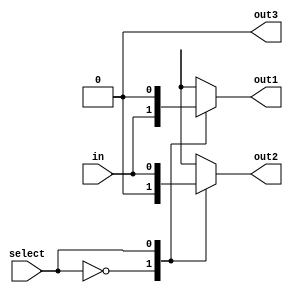
module demux (
    input wire select,
    input wire in,
    output reg out1,
    output reg out2,
    output reg out3
);

always @ (select, in)
begin
    case (select)
        3'b000: begin
            out1 = in;
            out2 = 1'b0;
            out3 = 1'b0;
        end
        3'b001: begin
            out1 = 1'b0;
            out2 = in;
            out3 = 1'b0;
        end
        3'b010: begin
            out1 = 1'b0;
            out2 = 1'b0;
            out3 = in;
        end
        default: begin
            out1 = 1'b0;
            out2 = 1'b0;
            out3 = 1'b0;
        end
    endcase
end

endmodule